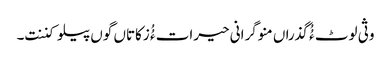
وثی لوٹ ءُُ گذراں منوگرانی حیرات ءُُ زکاتاں گوں پیلو کننت۔